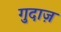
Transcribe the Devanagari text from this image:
गुदाज़